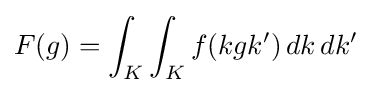
F(g)=\int _{K}\int _{K}f(kgk^{\prime })\,dk\,dk^{\prime }